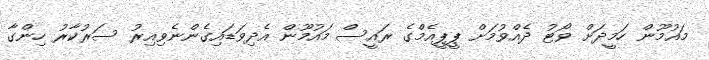
މައުމޫން ހަމީދަށް ވޯޓު ދެއްވުމަށް ޕީޕީއެމްގެ ރައީސް މައުމޫން އެދިވަޑައިގެންނެވިއިރު ސަރުކާރު ހިންގާ